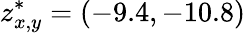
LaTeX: z_{x,y}^{*}=(-9.4,-10.8)